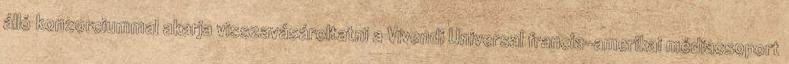
álló konzorciummal akarja visszavásároltatni a Vivendi Universal francia-amerikai médiacsoport